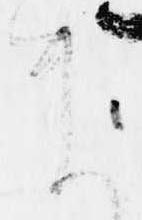
ま